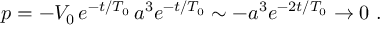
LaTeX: p = - V _ { 0 } \, e ^ { - t / T _ { 0 } } \, a ^ { 3 } e ^ { - t / T _ { 0 } } \sim - a ^ { 3 } e ^ { - 2 t / T _ { 0 } } \to 0 \ .